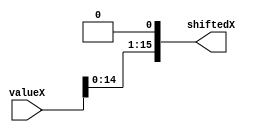
module shiftleft
(
	input [15:0] valueX, //the value of X
	output [15:0] shiftedX //output of shift
);
assign shiftedX[0] = 0;
assign shiftedX[1] = valueX[0];
assign shiftedX[2] = valueX[1];
assign shiftedX[3] = valueX[2];
assign shiftedX[4] = valueX[3];
assign shiftedX[5] = valueX[4];
assign shiftedX[6] = valueX[5];
assign shiftedX[7] = valueX[6];
assign shiftedX[8] = valueX[7];
assign shiftedX[9] = valueX[8];
assign shiftedX[10] = valueX[9];
assign shiftedX[11] = valueX[10];
assign shiftedX[12] = valueX[11];
assign shiftedX[13] = valueX[12];
assign shiftedX[14] = valueX[13];
assign shiftedX[15] = valueX[14];

endmodule